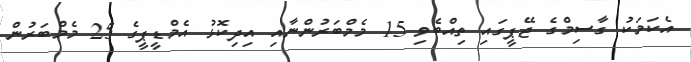
އެކަމަކު ގާސިމްގެ ޖޭޕީގައި ތިއްބެވި 15 މެމްބަރުންނާއި އިދިކޮޅު އެމްޑީޕީގެ 25 މެމްބަރުން